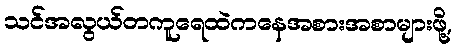
သင်အလွယ်တကူရေထဲကနေအစားအစာများဖို့,